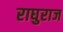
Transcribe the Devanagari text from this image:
राघुराज